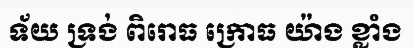
ទ័យ ទ្រង់ ពិរោធ ក្រោធ យ៉ាង ខ្លាំង